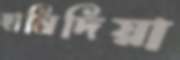
হামিদিয়া